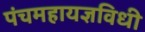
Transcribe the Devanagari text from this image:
पंचमहायज्ञविधी